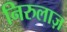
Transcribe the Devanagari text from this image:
निरुलाज़